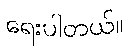
ရေးပါတယ်။